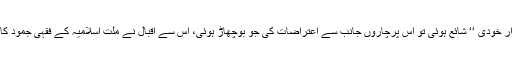
1915ء میں ’’ اسرار خودی ‘‘ شائع ہوئی تو اس پرچاروں جانب سے اعتراضات کی جو بوچھاڑ ہوئی، اس سے اقبال نے ملت اسلامیہ کے فقہی جمود کا بخوبی اندازہ لگا لیا۔